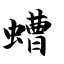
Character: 螬